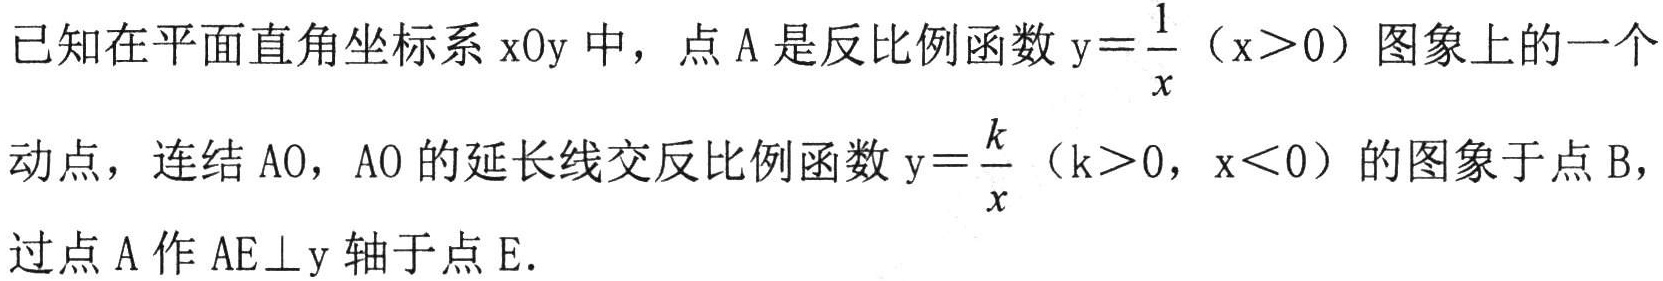
已知在平面直角坐标系\(xOy\)中，点\(A\)是反比例函数\(y = \dfrac{1}{x}\)（\(x>0\)）图象上的一个
动点，连结\(AO\)，\(AO\)的延长线交反比例函数\(y = \dfrac{k}{x}\)（\(k>0\)，\(x<0\)）的图象于点\(B\)，
过点\(A\)作\(AE\perp y\)轴于点\(E\).